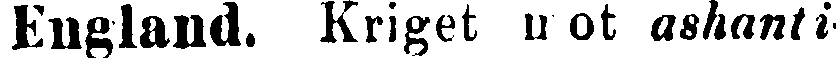
England. Kriget mot ashanti